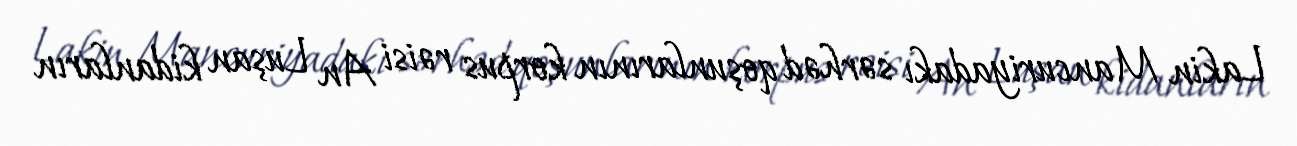
Lakin Mancuriyadakı sərhəd qoşunlarının korpus rəisi An Luşan kidanların